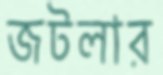
জটলার